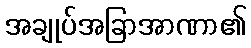
အချုပ်အခြာအာဏာ၏